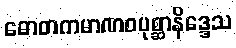
ဓောတကမာဏဝပုစ္ဆာနိဒ္ဒေသ